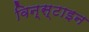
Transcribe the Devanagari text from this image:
विन्स्टाइन